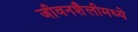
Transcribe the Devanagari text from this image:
जीवनशैलीमध्ये